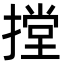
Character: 摚